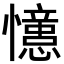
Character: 𭟞